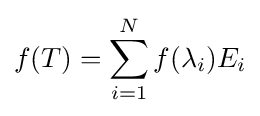
f(T)=\sum _{i=1}^{N}f(\lambda _{i})E_{i}